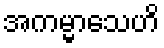
အကမ္မာသေဟိ